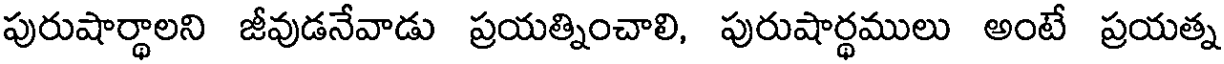
పురుషార్థాలని జీవుడనేవాడు ప్రయత్నించాలి, పురుషార్ధములు అంటే ప్రయత్న